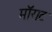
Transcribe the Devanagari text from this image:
मॉराट